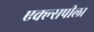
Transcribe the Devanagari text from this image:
एक्ल्सपीला